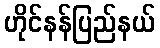
ဟိုင်နန်ပြည်နယ်